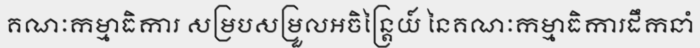
គណៈកម្មាធិការ សម្របសម្រួលអចិន្ត្រៃយ៍ នៃគណៈកម្មាធិការដឹកនាំ